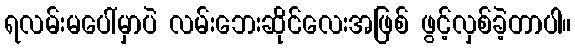
ရလမ်းမပေါ်မှာပဲ လမ်းဘေးဆိုင်လေးအဖြစ် ဖွင့်လှစ်ခဲ့တာပါ။